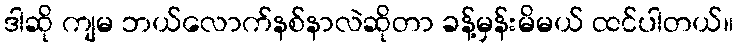
ဒါဆို ကျမ ဘယ်လောက်နစ်နာလဲဆိုတာ ခန့်မှန်းမိမယ် ထင်ပါတယ်။